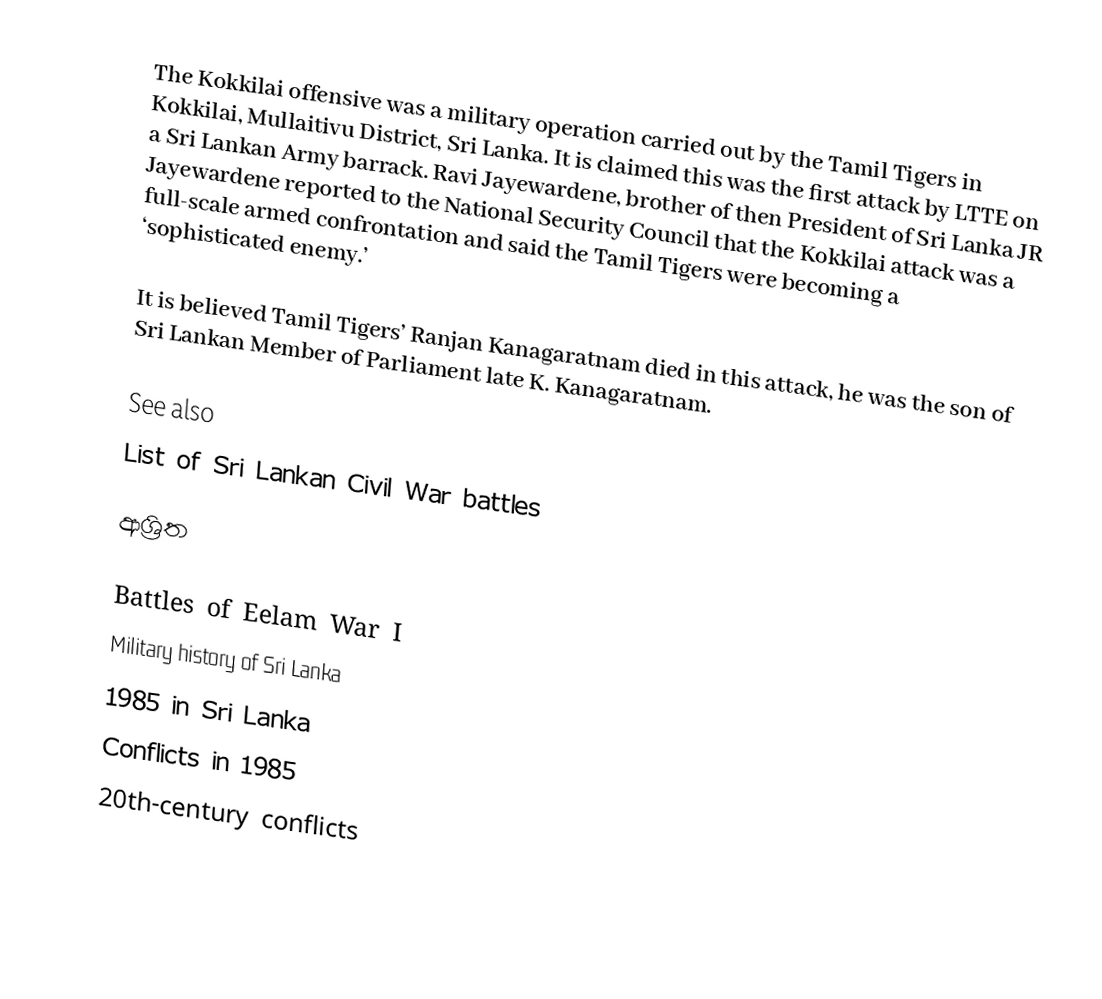
The Kokkilai offensive was a  military operation carried out by the Tamil Tigers in Kokkilai, Mullaitivu District, Sri Lanka.  It is claimed this was the first attack by LTTE on a Sri Lankan Army barrack.   Ravi Jayewardene, brother of then President of Sri Lanka JR Jayewardene reported to the National Security Council that the Kokkilai  attack was a full-scale armed confrontation and said the Tamil Tigers were becoming a ‘sophisticated enemy.’

It is believed Tamil Tigers’ Ranjan Kanagaratnam died in this attack, he was the son of Sri Lankan Member of Parliament late K. Kanagaratnam.

See also
 List of Sri Lankan Civil War battles

ආශ්‍රිත

Battles of Eelam War I
Military history of Sri Lanka
1985 in Sri Lanka
Conflicts in 1985
20th-century conflicts